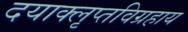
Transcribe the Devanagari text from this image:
दयाक्लृप्तविग्रहाय